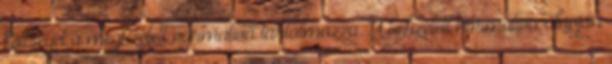
költségét a megfizetett normatíva tartalmazza. A befizetett normatíva alapján